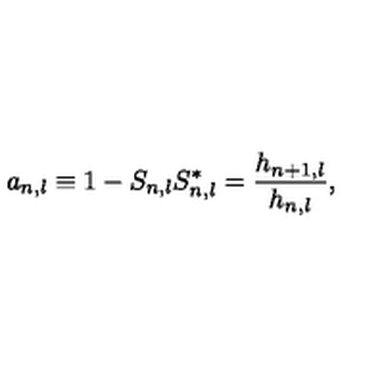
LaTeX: a _ { n , l } \equiv 1 - S _ { n , l } S _ { n , l } ^ { * } = \frac { h _ { n + 1 , l } } { h _ { n , l } } ,